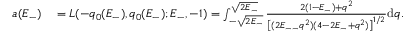
\begin{array} { r l } { a ( E _ { - } ) } & { { } = L ( - q _ { 0 } ( E _ { - } ) , q _ { 0 } ( E _ { - } ) ; E _ { - } , - 1 ) = \int _ { - \sqrt { 2 E _ { - } } } ^ { \sqrt { 2 E _ { - } } } \frac { 2 ( 1 - E _ { - } ) + q ^ { 2 } } { \left[ ( 2 E _ { -- } q ^ { 2 } ) ( 4 - 2 E _ { - } + q ^ { 2 } ) \right] ^ { 1 / 2 } } \mathrm { d } q . } \end{array}